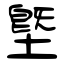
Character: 墍